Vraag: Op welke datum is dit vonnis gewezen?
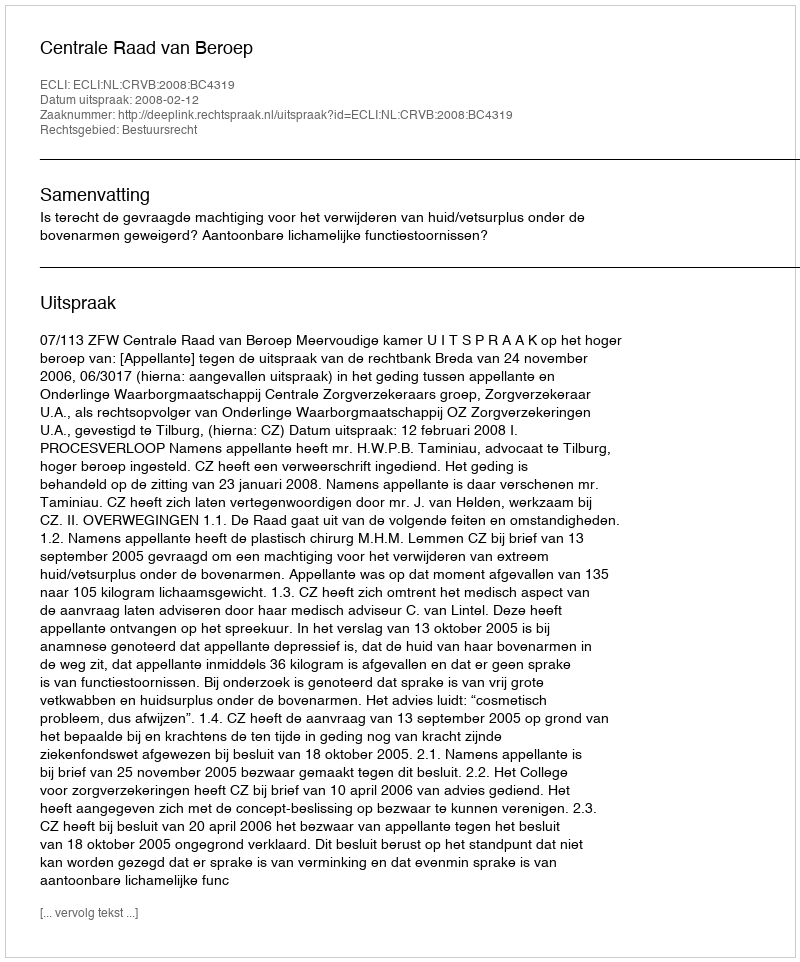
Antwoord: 2008-02-12